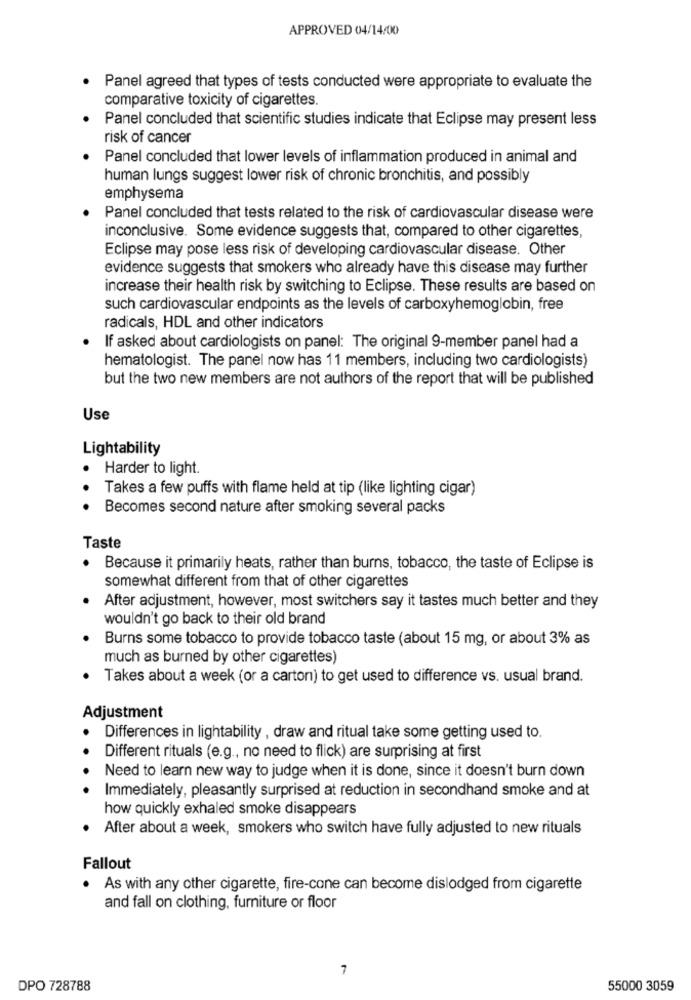
APPROVED 04/14/00
. Panel agreed that types of tests conducted were appropriate to evaluate the
comparative toxicity of cigarettes.
Panel concluded that scientific studies indicate that Eclipse may present less
risk of cancer
Panel concluded that lower levels of inflammation produced in animal and
human lungs suggest lower risk of chronic bronchitis, and possibly
emphysema
Panel concluded that tests related to the risk of cardiovascular disease were
inconclusive. Some evidence suggests that, compared to other cigarettes,
Eclipse may pose less risk of developing cardiovascular disease. Other
evidence suggests that smokers who already have this disease may further
increase their health risk by switching to Eclipse. These results are based on
such cardiovascular endpoints as the levels of carboxyhemoglobin, free
radicals, HDL and other indicators
If asked about cardiologists on panel: The original 9-member panel had a
hematologist. The panel now has 11 members, including two cardiologists)
but the two new members are not authors of the report that will be published
Use
Lightability
.
Harder to light.
Takes a few puffs with flame held at tip (like lighting cigar)
Becomes second nature after smoking several packs
Taste
.
Because it primarily heats, rather than burns, tobacco, the taste of Eclipse is
somewhat different from that of other cigarettes
After adjustment, however, most switchers say it tastes much better and they
wouldn't go back to their old brand
Burns some tobacco to provide tobacco taste (about 15 mg, or about 3% as
much as burned by other cigarettes)
Takes about a week (or a carton) to get used to difference vs. usual brand.
Adjustment
Differences in lightability , draw and ritual take some getting used to.
Different rituals (e.g ., no need to flick) are surprising at first
Need to learn new way to judge when it is done, since it doesn't burn down
Immediately, pleasantly surprised at reduction in secondhand smoke and at
how quickly exhaled smoke disappears
After about a week, smokers who switch have fully adjusted to new rituals
Fallout
· As with any other cigarette, fire-cone can become dislodged from cigarette
and fall on clothing, furniture or floor
7
DPO 728788
55000 3059